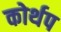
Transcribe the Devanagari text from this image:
कोर्थप